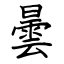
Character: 曇